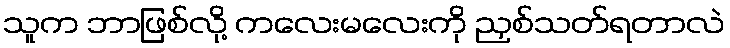
သူက ဘာဖြစ်လို့ ကလေးမလေးကို ညှစ်သတ်ရတာလဲ